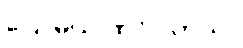
ပြောမယ် ထင်ပါတယ်။